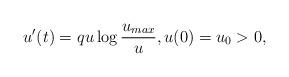
LaTeX: \begin{align*}u'(t)=qu\log\frac{u_{max}}{u},u(0)=u_{0}>0,\end{align*}